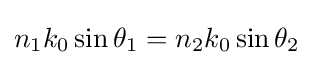
n_{1}k_{0}\sin \theta _{1}=n_{2}k_{0}\sin \theta _{2}